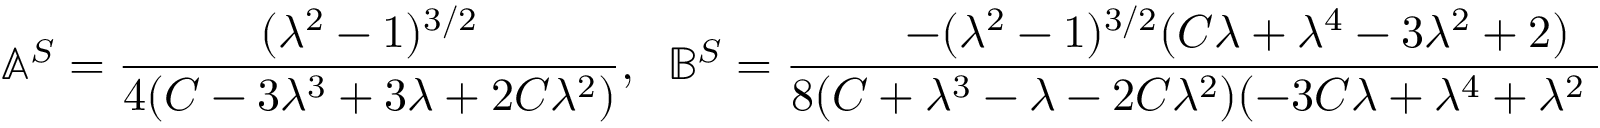
\mathbb { A } ^ { S } = \frac { ( \lambda ^ { 2 } - 1 ) ^ { 3 / 2 } } { 4 ( C - 3 \lambda ^ { 3 } + 3 \lambda + 2 C \lambda ^ { 2 } ) } , \; \; \mathbb { B } ^ { S } = \frac { - ( \lambda ^ { 2 } - 1 ) ^ { 3 / 2 } ( C \lambda + \lambda ^ { 4 } - 3 \lambda ^ { 2 } + 2 ) } { 8 ( C + \lambda ^ { 3 } - \lambda - 2 C \lambda ^ { 2 } ) ( - 3 C \lambda + \lambda ^ { 4 } + \lambda ^ { 2 } - 2 ) } , \; \; \mathbb { C } ^ { S } = \frac { ( \lambda ^ { 2 } - 1 ) ^ { 3 / 2 } } { 2 ( 3 C + 2 \lambda ^ { 5 } - 7 \lambda ^ { 3 } + 5 \lambda ) } .